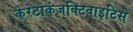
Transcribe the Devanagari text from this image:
केरेटोकंजक्टिवाइटिस